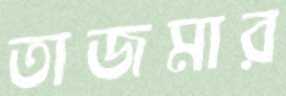
তাজমার